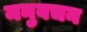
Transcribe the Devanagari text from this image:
मनुवचन